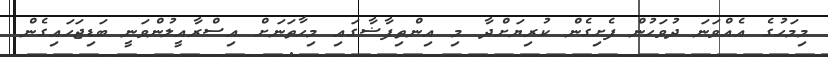
މިމަހުގެ އެއްވަނަ ދުވަހުން ފެށިގެން ކުރިޔަށްދާ މި އިންތިފާޟާގައި މިހާތަނަށް އިސްރާއީލުންވަނީ ބަޑިޖަހައިގެން